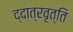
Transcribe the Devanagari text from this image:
द्दात्रवृत्ति